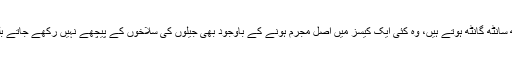
حقیقت یہ ہے کہ اس ملک میں جن کے پاس پیسہ ہے یا جن کے انتظامیہ سے کچھ سانٹھ گانٹھ ہوتے ہیں، وہ کئی ایک کیسز میں اصل مجرم ہونے کے باوجود بھی جیلوں کی سلاخوں کے پیچھے نہیں رکھے جاتے بلکہ سماج میں ایک معصوم شہری کی طرح بے خوف و خطر زندگی گزارتے ہیں۔